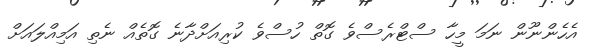
އެހެންނޫން ނަމަ މީހާ ސްޓްރެސްވެ ގޮތް ހުސްވެ ކުރިއަށްދާނެ ގޮތެއް ނެތި އަމިއްލައަށް